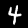
Digit: 4